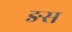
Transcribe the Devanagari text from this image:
ङस